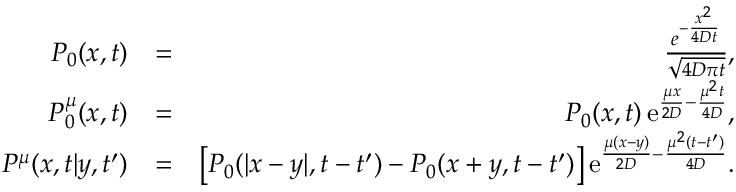
\begin{array} { r l r } { P _ { 0 } ( x , t ) } & { = } & { \frac { e ^ { - \frac { x ^ { 2 } } { 4 D t } } } { \sqrt { 4 D \pi t } } , } \\ { P _ { 0 } ^ { \mu } ( x , t ) } & { = } & { P _ { 0 } ( x , t ) \, \mathrm { e } ^ { \frac { \mu x } { 2 D } - \frac { \mu ^ { 2 } t } { 4 D } } , } \\ { P ^ { \mu } ( x , t | y , t ^ { \prime } ) } & { = } & { \big [ P _ { 0 } ( | x - y | , t - t ^ { \prime } ) - P _ { 0 } ( x + y , t - t ^ { \prime } ) \big ] \, \mathrm { e } ^ { \frac { \mu ( x - y ) } { 2 D } - \frac { \mu ^ { 2 } ( t - t ^ { \prime } ) } { 4 D } } . } \end{array}